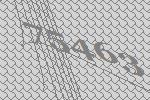
75463